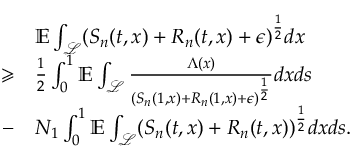
\begin{array} { r l } & { \mathbb { E } \int _ { \mathcal { L } } ( S _ { n } ( t , x ) + R _ { n } ( t , x ) + \epsilon ) ^ { \frac { 1 } { 2 } } d x } \\ { \geqslant } & { \frac { 1 } { 2 } \int _ { 0 } ^ { 1 } \mathbb { E } \int _ { \mathcal { L } } \frac { \Lambda ( x ) } { ( S _ { n } ( 1 , x ) + R _ { n } ( 1 , x ) + \epsilon ) ^ { \frac { 1 } { 2 } } } d x d s } \\ { - } & { N _ { 1 } \int _ { 0 } ^ { 1 } \mathbb { E } \int _ { \mathcal { L } } ( S _ { n } ( t , x ) + R _ { n } ( t , x ) ) ^ { \frac { 1 } { 2 } } d x d s . } \end{array}